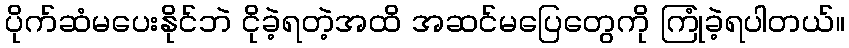
ပိုက်ဆံမပေးနိုင်ဘဲ ငိုခဲ့ရတဲ့အထိ အဆင်မပြေတွေကို ကြုံခဲ့ရပါတယ်။